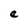
Character: e